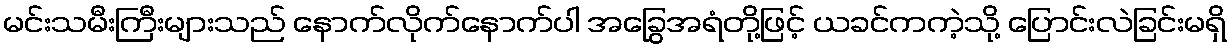
မင်းသမီးကြီးများသည် နောက်လိုက်နောက်ပါ အခြွေအရံတို့ဖြင့် ယခင်ကကဲ့သို့ ပြောင်းလဲခြင်းမရှိ